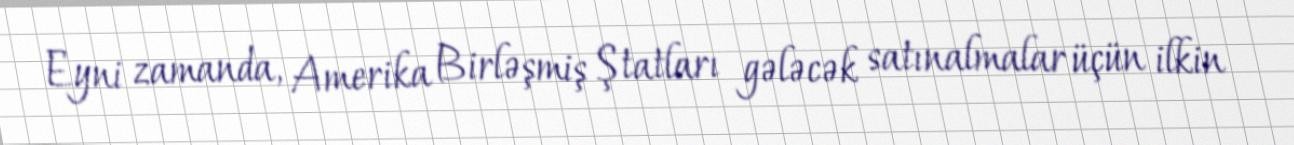
Eyni zamanda, Amerika Birləşmiş Ştatları gələcək satınalmalar üçün ilkin